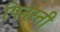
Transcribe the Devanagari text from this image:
पिनस्ती